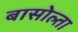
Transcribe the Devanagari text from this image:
बासोल्ता